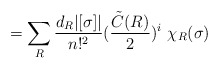
\begin{align*}= \sum_R \frac{d_R | [ \sigma ] |}{n !^2} (\frac{{\tilde C} (R)}{2})^i \ \chi_R (\sigma )\end{align*}